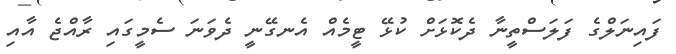
ފައިނަލްގެ ފަލަސްތީނާ ދެކޮޅަށް ކުޅޭ ޓީމެއް އެނގޭނީ ދެވަނަ ސެމީގައި ރާއްޖެ އާއި